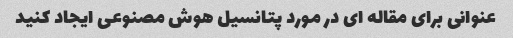
عنوانی برای مقاله ای در مورد پتانسیل هوش مصنوعی ایجاد کنید